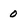
Character: 0